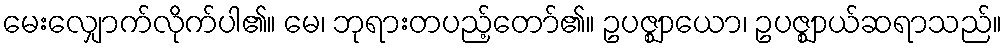
မေးလျှောက်လိုက်ပါ၏။ မေ၊ ဘုရားတပည့်တော်၏။ ဥပဇ္ဈာယော၊ ဥပဇ္ဈာယ်ဆရာသည်။